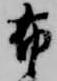
布